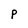
Character: P